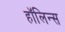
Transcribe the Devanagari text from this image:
हॉलिन्स